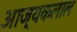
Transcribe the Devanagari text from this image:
आज्यकलाल